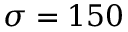
\sigma = 1 5 0